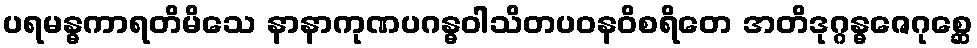
ပရမန္ဓကာရတိမိသေ နာနာကုဏပဂန္ဓဝါသိတပဝနဝိစရိတေ အတိဒုဂ္ဂန္ဓဇေဂုစ္ဆေ